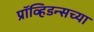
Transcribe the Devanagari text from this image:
प्रॉव्हिडन्सच्या